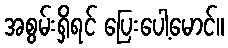
အစွမ်းရှိရင် ပြေးပေါ့မောင်။